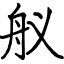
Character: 舣